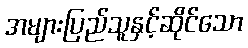
အများပြည်သူနှင့်ဆိုင်သော